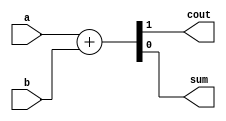
// https://hdlbits.01xz.net/wiki/Hadd

module top_module(
    input a, b,
    output cout, sum );

    assign {cout, sum} = a + b;

endmodule